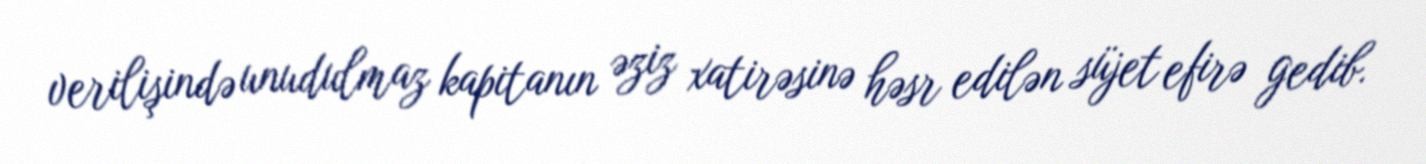
verilişində unudulmaz kapitanın əziz xatirəsinə həsr edilən süjet efirə gedib.